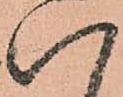
い